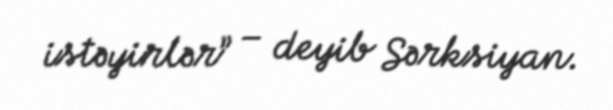
istəyirlər” – deyib Sərksiyan.